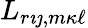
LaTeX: L_{r{\imath\jmath},m{\kappa\ell}}